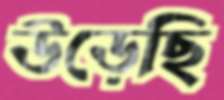
উড়েছি